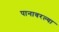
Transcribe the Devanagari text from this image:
पानावरल्या